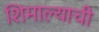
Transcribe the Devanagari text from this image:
शिमाल्याची